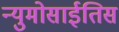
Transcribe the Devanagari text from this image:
न्युमोसाईतिस